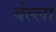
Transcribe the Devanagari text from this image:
बेल्ला